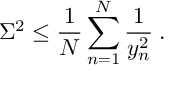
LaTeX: \Sigma ^ { 2 } \le \frac { 1 } { N } \sum _ { n = 1 } ^ { N } \frac { 1 } { y _ { n } ^ { 2 } } \: .